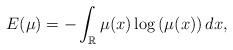
LaTeX: \begin{align*}E(\mu)=-\int_{\mathbb{R}} \mu(x) \log \left(\mu(x) \right) dx,\end{align*}